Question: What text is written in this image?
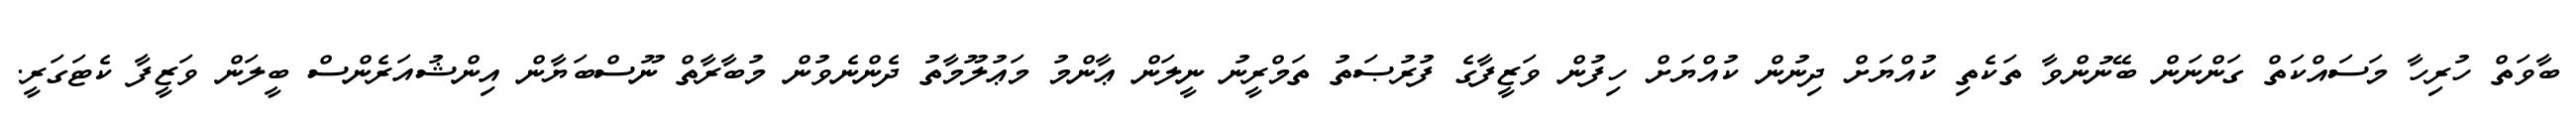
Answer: ބާވަތް ހުރިހާ މަސައްކަތް ގަންނަން ބޭނުންވާ ތަކެތި ކުއްޔަށް ދިނުން ކުއްޔަށް ހިފުން ވަޒީފާގެ ފުރުޞަތު ތަމްރީނު ނީލަން ޢާންމު މަޢުލޫމާތު ދެންނެވުން މުބާރާތް ނޫސްބަޔާން އިންޝުއަރެންސް ބީލަން ވަޒީފާ ކެޓަގަރީ.